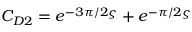
C _ { D 2 } = e ^ { - 3 \pi / 2 \varsigma } + e ^ { - \pi / 2 \varsigma }